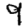
Digit: 9